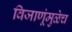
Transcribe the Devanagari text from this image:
विजाणूंमुळेच